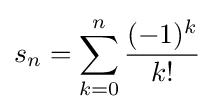
s_{n}=\sum _{k=0}^{n}{\frac {(-1)^{k}}{k!}}